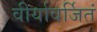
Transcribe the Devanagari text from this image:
वीर्यावर्जितं